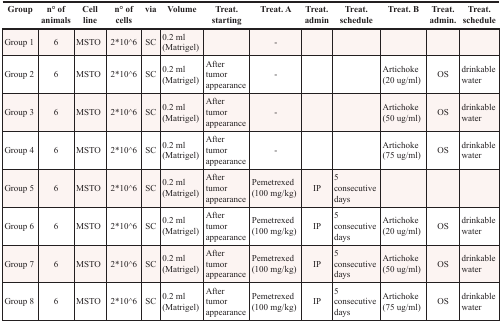
<table><thead><tr><td><b>Group</b></td><td><b>n° of animals</b></td><td><b>Cell line</b></td><td><b>n° of cells</b></td><td><b>via</b></td><td><b>Volume</b></td><td><b>Treat. starting</b></td><td><b>Treat. A</b></td><td><b>Treat. admin</b></td><td><b>Treat. schedule</b></td><td><b>Treat. B</b></td><td><b>Treat. admin.</b></td><td><b>Treat. schedule</b></td></tr></thead><tbody><tr><td>Group 1</td><td>6</td><td>MSTO</td><td>2*10^6</td><td>SC</td><td>0.2 ml (Matrigel)</td><td></td><td>-</td><td></td><td></td><td></td><td></td><td></td></tr><tr><td>Group 2</td><td>6</td><td>MSTO</td><td>2*10^6</td><td>SC</td><td>0.2 ml (Matrigel)</td><td>After tumor appearance</td><td>-</td><td></td><td></td><td>Artichoke (20 ug/ml)</td><td>OS</td><td>drinkable water</td></tr><tr><td>Group 3</td><td>6</td><td>MSTO</td><td>2*10^6</td><td>SC</td><td>0.2 ml (Matrigel)</td><td>After tumor appearance</td><td>-</td><td></td><td></td><td>Artichoke (50 ug/ml)</td><td>OS</td><td>drinkable water</td></tr><tr><td>Group 4</td><td>6</td><td>MSTO</td><td>2*10^6</td><td>SC</td><td>0.2 ml (Matrigel)</td><td>After tumor appearance</td><td>-</td><td></td><td></td><td>Artichoke (75 ug/ml)</td><td>OS</td><td>drinkable water</td></tr><tr><td>Group 5</td><td>6</td><td>MSTO</td><td>2*10^6</td><td>SC</td><td>0.2 ml (Matrigel)</td><td>After tumor appearance</td><td>Pemetrexed (100 mg/kg)</td><td>IP</td><td>5 consecutive days</td><td></td><td></td><td></td></tr><tr><td>Group 6</td><td>6</td><td>MSTO</td><td>2*10^6</td><td>SC</td><td>0.2 ml (Matrigel)</td><td>After tumor appearance</td><td>Pemetrexed (100 mg/kg)</td><td>IP</td><td>5 consecutive days</td><td>Artichoke (20 ug/ml)</td><td>OS</td><td>drinkable water</td></tr><tr><td>Group 7</td><td>6</td><td>MSTO</td><td>2*10^6</td><td>SC</td><td>0.2 ml (Matrigel)</td><td>After tumor appearance</td><td>Pemetrexed (100 mg/kg)</td><td>IP</td><td>5 consecutive days</td><td>Artichoke (50 ug/ml)</td><td>OS</td><td>drinkable water</td></tr><tr><td>Group 8</td><td>6</td><td>MSTO</td><td>2*10^6</td><td>SC</td><td>0.2 ml (Matrigel)</td><td>After tumor appearance</td><td>Pemetrexed (100 mg/kg)</td><td>IP</td><td>5 consecutive days</td><td>Artichoke (75 ug/ml)</td><td>OS</td><td>drinkable water</td></tr></tbody></table>